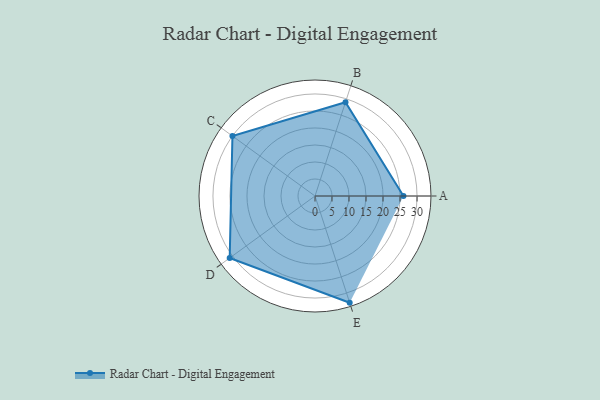
{"axis": {"x": "Skill", "y": "Score"}, "legend": ["Profile"], "data": [{"x": "A", "y": 26.0, "type": "Profile"}, {"x": "B", "y": 29.0, "type": "Profile"}, {"x": "C", "y": 30.0, "type": "Profile"}, {"x": "D", "y": 31.0, "type": "Profile"}, {"x": "E", "y": 33.0, "type": "Profile"}]}